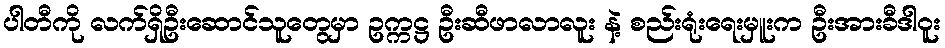
ပါတီကို လက်ရှိဦးဆောင်သူတွေမှာ ဥက္ကဋ္ဌ ဦးဆီဖာလာလူး နဲ့ စည်းရုံးရေးမှူးက ဦးအားခီဒါဝူး